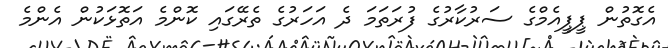
އެގޮތުން ޕީޕީއެމްގެ ސަރުކާރުގެ ފުރަތަމަ ދެ އަހަރުގެ ތެރޭގައި ކޮންމެ އަތޮޅަކުން އެންމެ